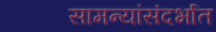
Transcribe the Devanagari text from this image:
सामन्यांसंदर्भात